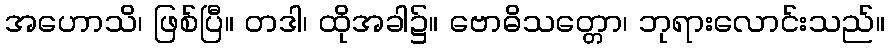
အဟောသိ၊ ဖြစ်ပြီ။ တဒါ၊ ထိုအခါ၌။ ဗောဓိသတ္တော၊ ဘုရားလောင်းသည်။